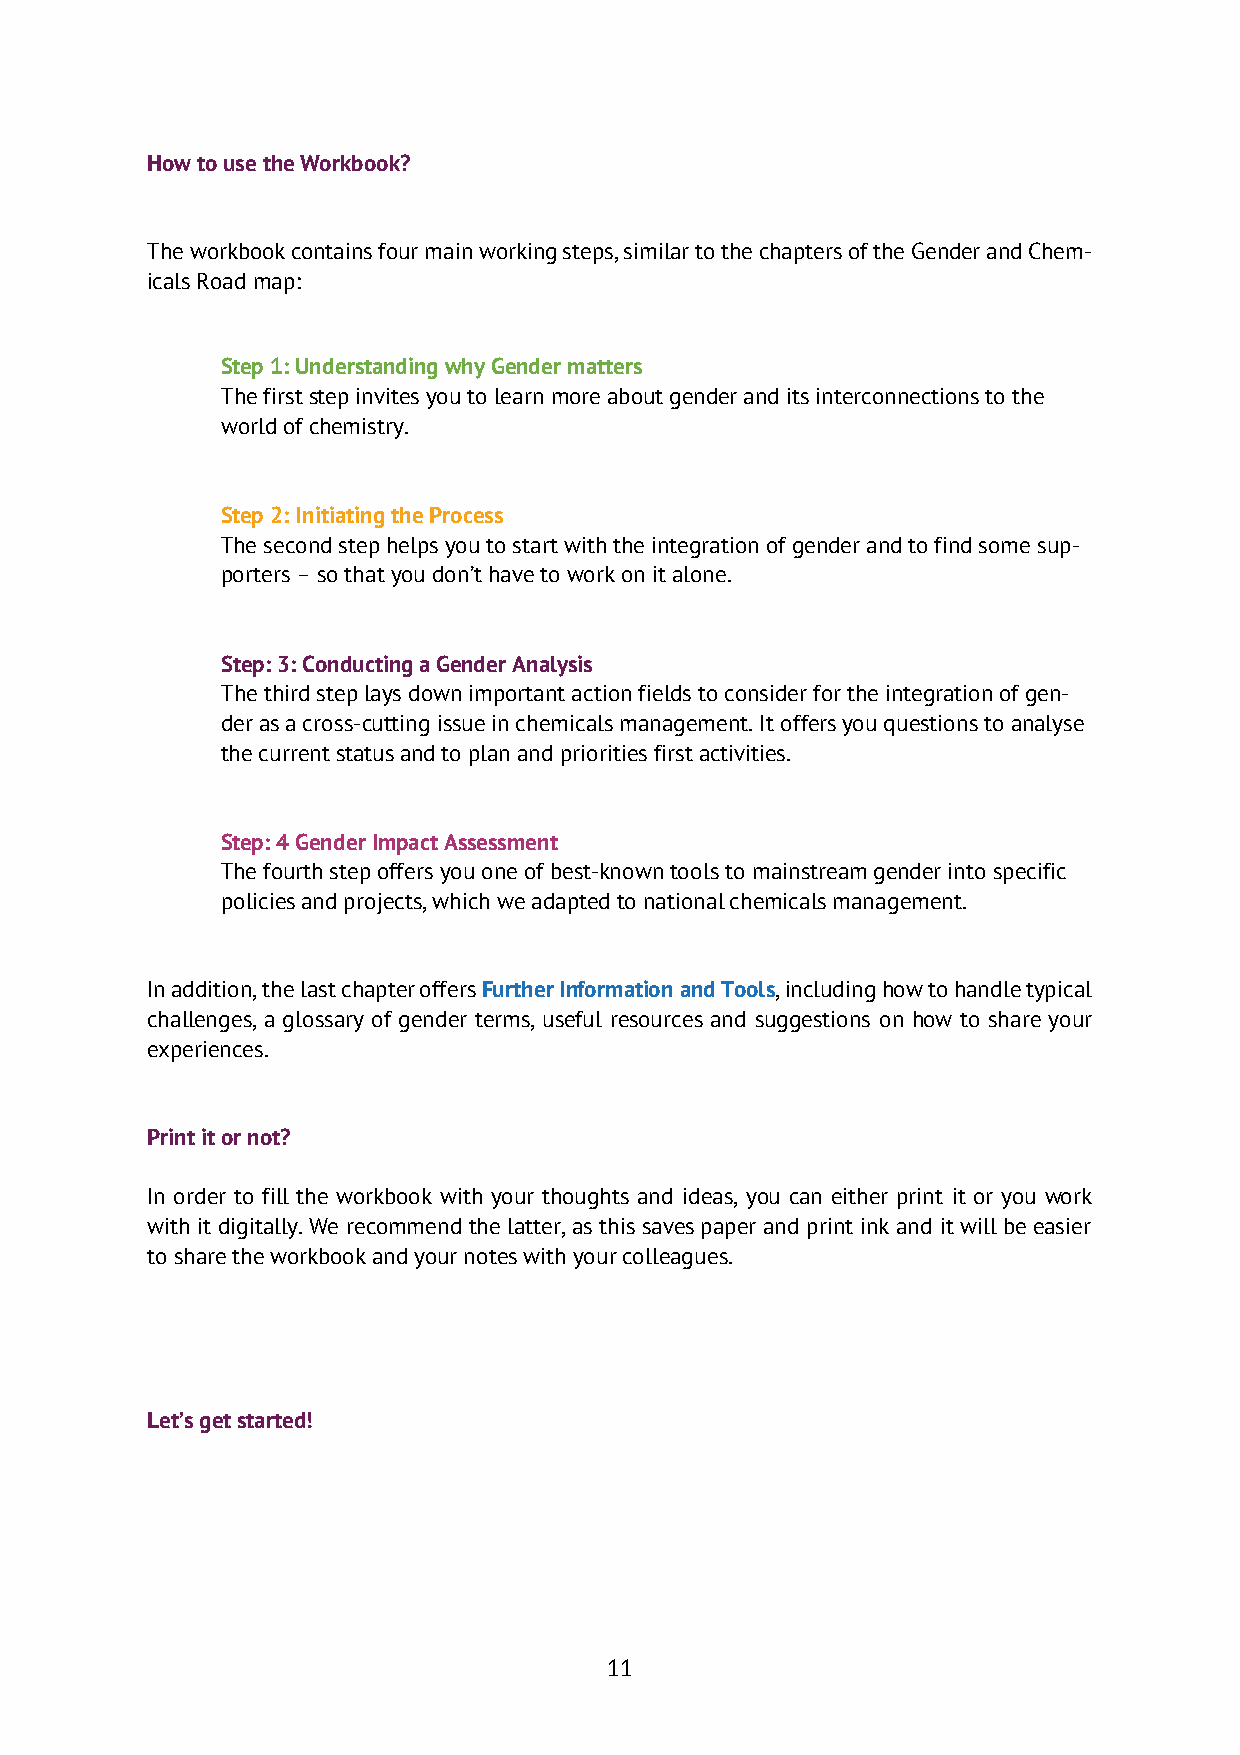
How to use the Workbook?
 The workbook contains four main working steps, similar to the chapters of the Gender and Chem-
 icals Road map:
 Step 1: Understanding why Gender matters
 The first step invites you to learn more about gender and its interconnections to the
 world of chemistry.
 Step 2: Initiating the Process
 The second step helps you to start with the integration of gender and to find some sup-
 porters – so that you don’t have to work on it alone.
 Step: 3: Conducting a Gender Analysis
 The third step lays down important action fields to consider for the integration of gen-
 der as a cross-cutting issue in chemicals management. It offers you questions to analyse
 the current status and to plan and priorities first activities.
 Step: 4 Gender Impact Assessment
 The fourth step offers you one of best-known tools to mainstream gender into specific
 policies and projects, which we adapted to national chemicals management.
 In addition, the last chapter offers Further Information and Tools, including how to handle typical
 challenges, a glossary of gender terms, useful resources and suggestions on how to share your
 experiences.
 Print it or not?
 In order to fill the workbook with your thoughts and ideas, you can either print it or you work
 with it digitally. We recommend the latter, as this saves paper and print ink and it will be easier
 to share the workbook and your notes with your colleagues.
 Let’s get started!
 11